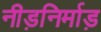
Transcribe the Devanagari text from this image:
नीड़निर्माड़